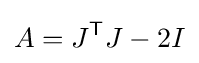
A=J^{\mathsf {T}}J-2I